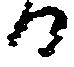
る